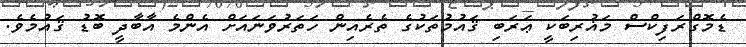
ޑެމޮގްރަފިކްސް މަޣުރިބަކީ ޢަރަބި ޤައުމުތަކުގެ ތެރެއިން ހަތަރުވަނައަށް އެންމެ އާބާދީ ބޮޑު ޤައުމެވެ.